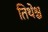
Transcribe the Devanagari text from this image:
तिथेश्च